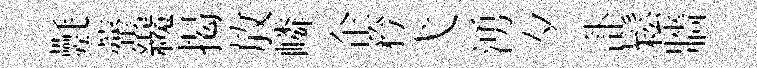
氎虀纔揭放嶙企矜弋湧夕訃鬆牆